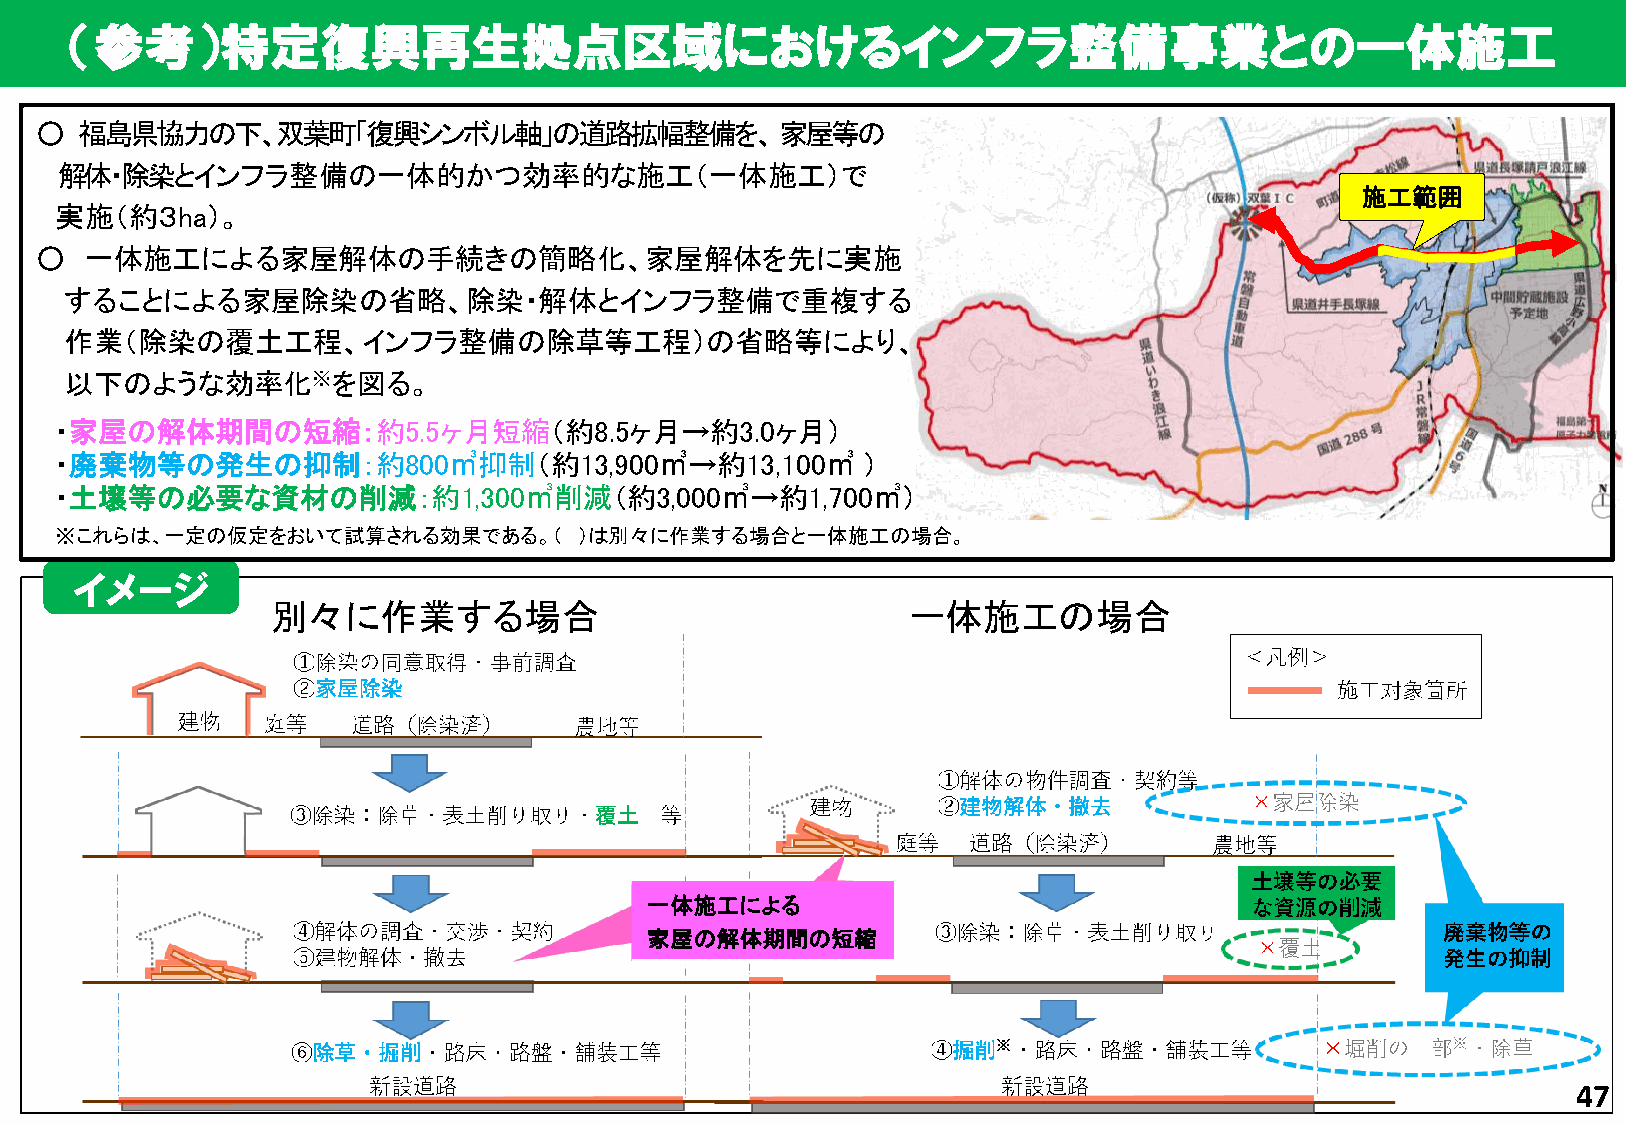
（参考）特定復興再生拠点区域におけるインフラ整備事業との一体施工
 ○  福島県協力の下、双葉町「復興シンボル軸」の道路拡幅整備を、家屋等の
 解体・除染とインフラ整備の一体的かつ効率的な施工（一体施工）で
 施工範囲
 実施（約３ha）。
 ○   一体施工による家屋解体の手続きの簡略化、家屋解体を先に実施
 することによる家屋除染の省略、除染・解体とインフラ整備で重複する
 作業（除染の覆土工程、インフラ整備の除草等工程）の省略等により、
 以下のような効率化※を図る。
 ・家屋の解体期間の短縮：約5.5ヶ月短縮（約8.5ヶ月→約3.0ヶ月）
 ・廃棄物等の発生の抑制：約800㎥抑制（約13,900㎥→約13,100㎥                ）
 ・土壌等の必要な資材の削減：約1,300㎥削減（約3,000㎥→約1,700㎥）
 ※これらは、一定の仮定をおいて試算される効果である。（       ）は別々に作業する場合と一体施工の場合。
 イメージ
 別々に作業する場合                                 一体施工の場合
 一体施工による
 家屋の解体期間の短縮
 47